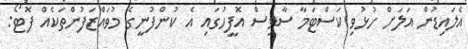
އެލައިޑުން އަލަށް ހުޅުވި ކަސްޓަމާ ސާވިސް އޮފީހުގައި އެ ކުންފުނީގެ މުވައްޒަފުންތަކެއް ފޮޓޯ: